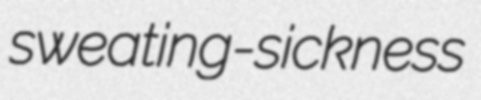
sweating-sickness